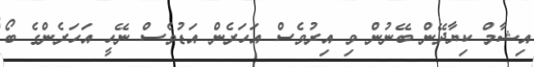
އިޝާމް ކިޔާދޭން ބޭނުން ވި އިރުވެސް އަހަރެން އަޑުވެސް ނޭހީ އަހަރެންގެ ބޯ